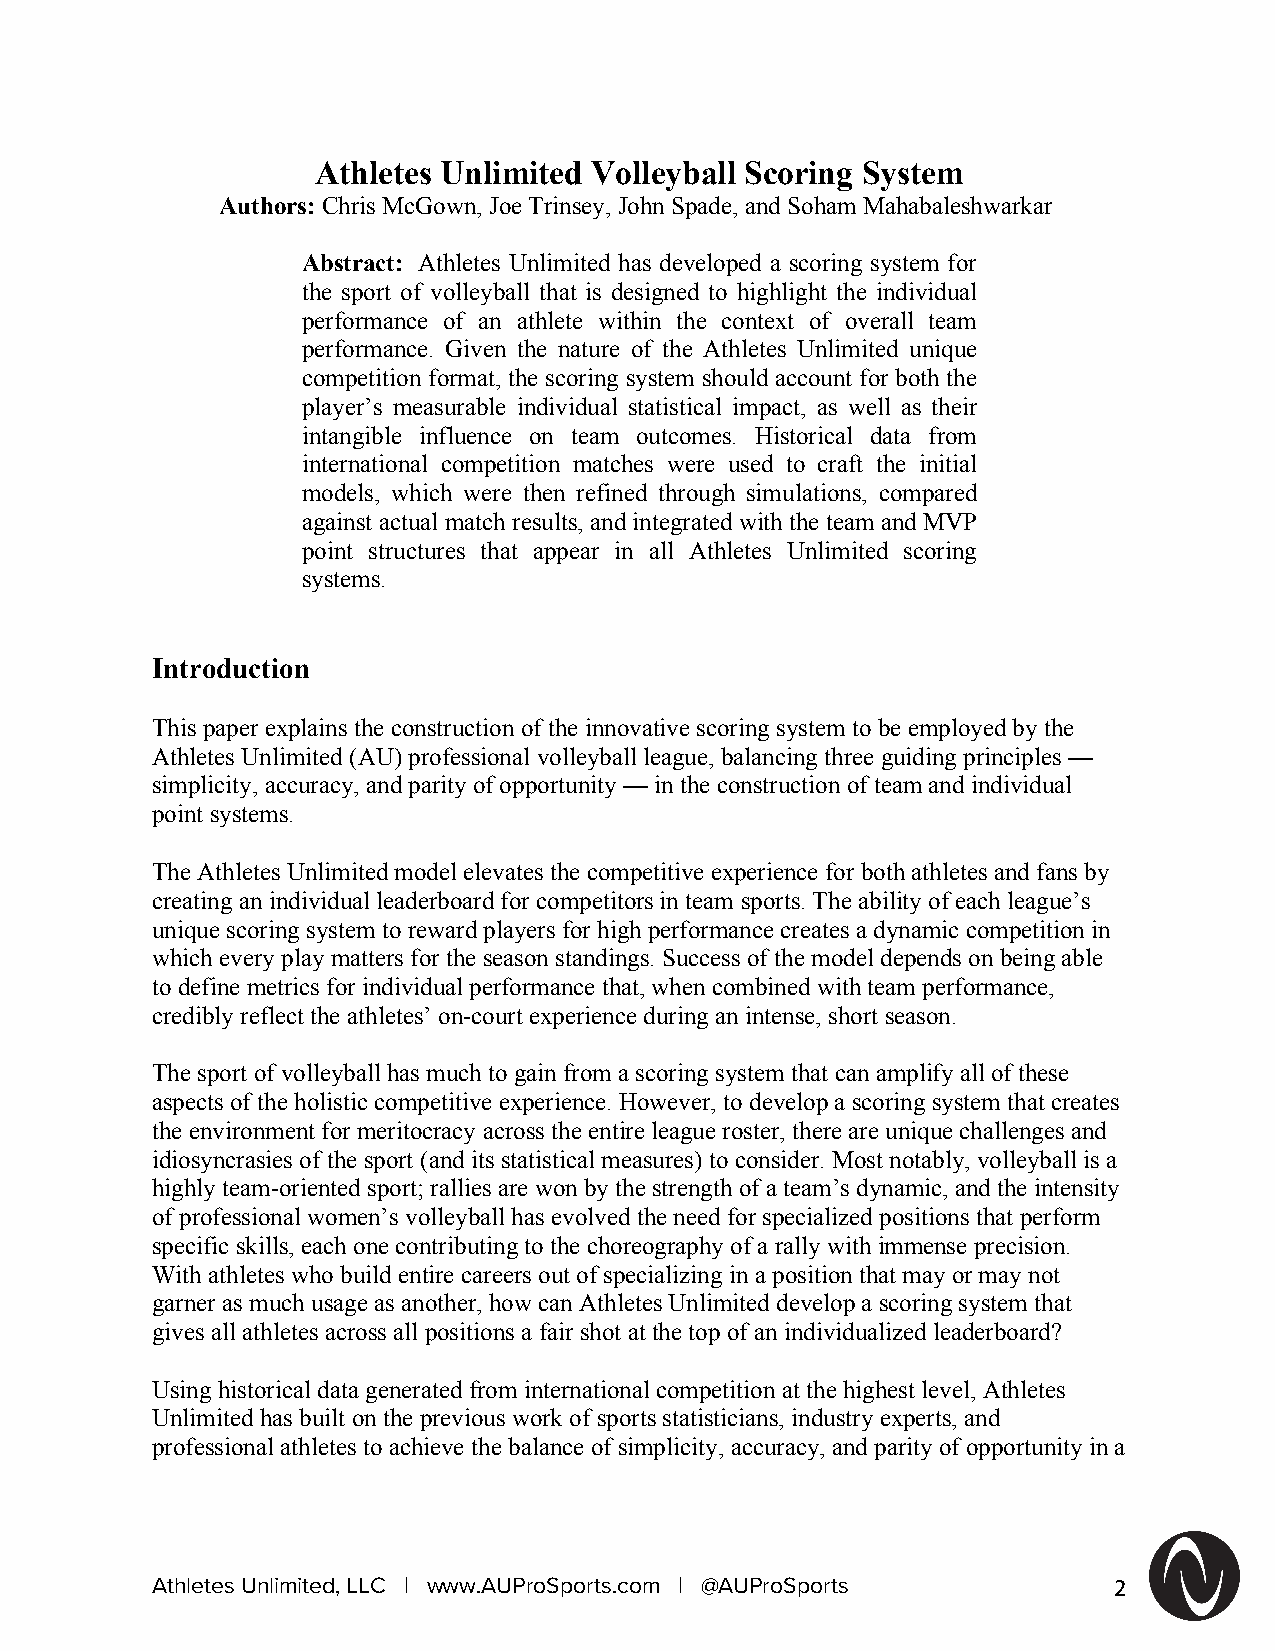
Athletes Unlimited Volleyball Scoring System
 Authors: Chris McGown, Joe Trinsey, John Spade, and Soham Mahabaleshwarkar
 Abstract: Athletes Unlimited has developed a scoring system for
 the sport of volleyball that is designed to highlight the individual
 performance of an athlete within the context of overall team
 performance. Given the nature of the Athletes Unlimited unique
 competition format, the scoring system should account for both the
 player’s measurable individual statistical impact, as well as their
 intangible influence on team outcomes. Historical data from
 international competition matches were used to craft the initial
 models, which were then refined through simulations, compared
 against actual match results, and integrated with the team and MVP
 point structures that appear in all Athletes Unlimited scoring
 systems.
 Introduction
 This paper explains the construction of the innovative scoring system to be employed by the
 Athletes Unlimited (AU) professional volleyball league, balancing three guiding principles —
 simplicity, accuracy, and parity of opportunity — in the construction of team and individual
 point systems.
 The Athletes Unlimited model elevates the competitive experience for both athletes and fans by
 creating an individual leaderboard for competitors in team sports. The ability of each league’s
 unique scoring system to reward players for high performance creates a dynamic competition in
 which every play matters for the season standings. Success of the model depends on being able
 to define metrics for individual performance that, when combined with team performance,
 credibly reflect the athletes’ on-court experience during an intense, short season.
 The sport of volleyball has much to gain from a scoring system that can amplify all of these
 aspects of the holistic competitive experience. However, to develop a scoring system that creates
 the environment for meritocracy across the entire league roster, there are unique challenges and
 idiosyncrasies of the sport (and its statistical measures) to consider. Most notably, volleyball is a
 highly team-oriented sport; rallies are won by the strength of a team’s dynamic, and the intensity
 of professional women’s volleyball has evolved the need for specialized positions that perform
 specific skills, each one contributing to the choreography of a rally with immense precision.
 With athletes who build entire careers out of specializing in a position that may or may not
 garner as much usage as another, how can Athletes Unlimited develop a scoring system that
 gives all athletes across all positions a fair shot at the top of an individualized leaderboard?
 Using historical data generated from international competition at the highest level, Athletes
 Unlimited has built on the previous work of sports statisticians, industry experts, and
 professional athletes to achieve the balance of simplicity, accuracy, and parity of opportunity in a
 Athletes Unlimited, LLC | www.AUProSports.com | @AUProSports    2